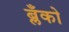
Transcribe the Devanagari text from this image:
ब्लँको